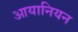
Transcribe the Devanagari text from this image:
आयानियन